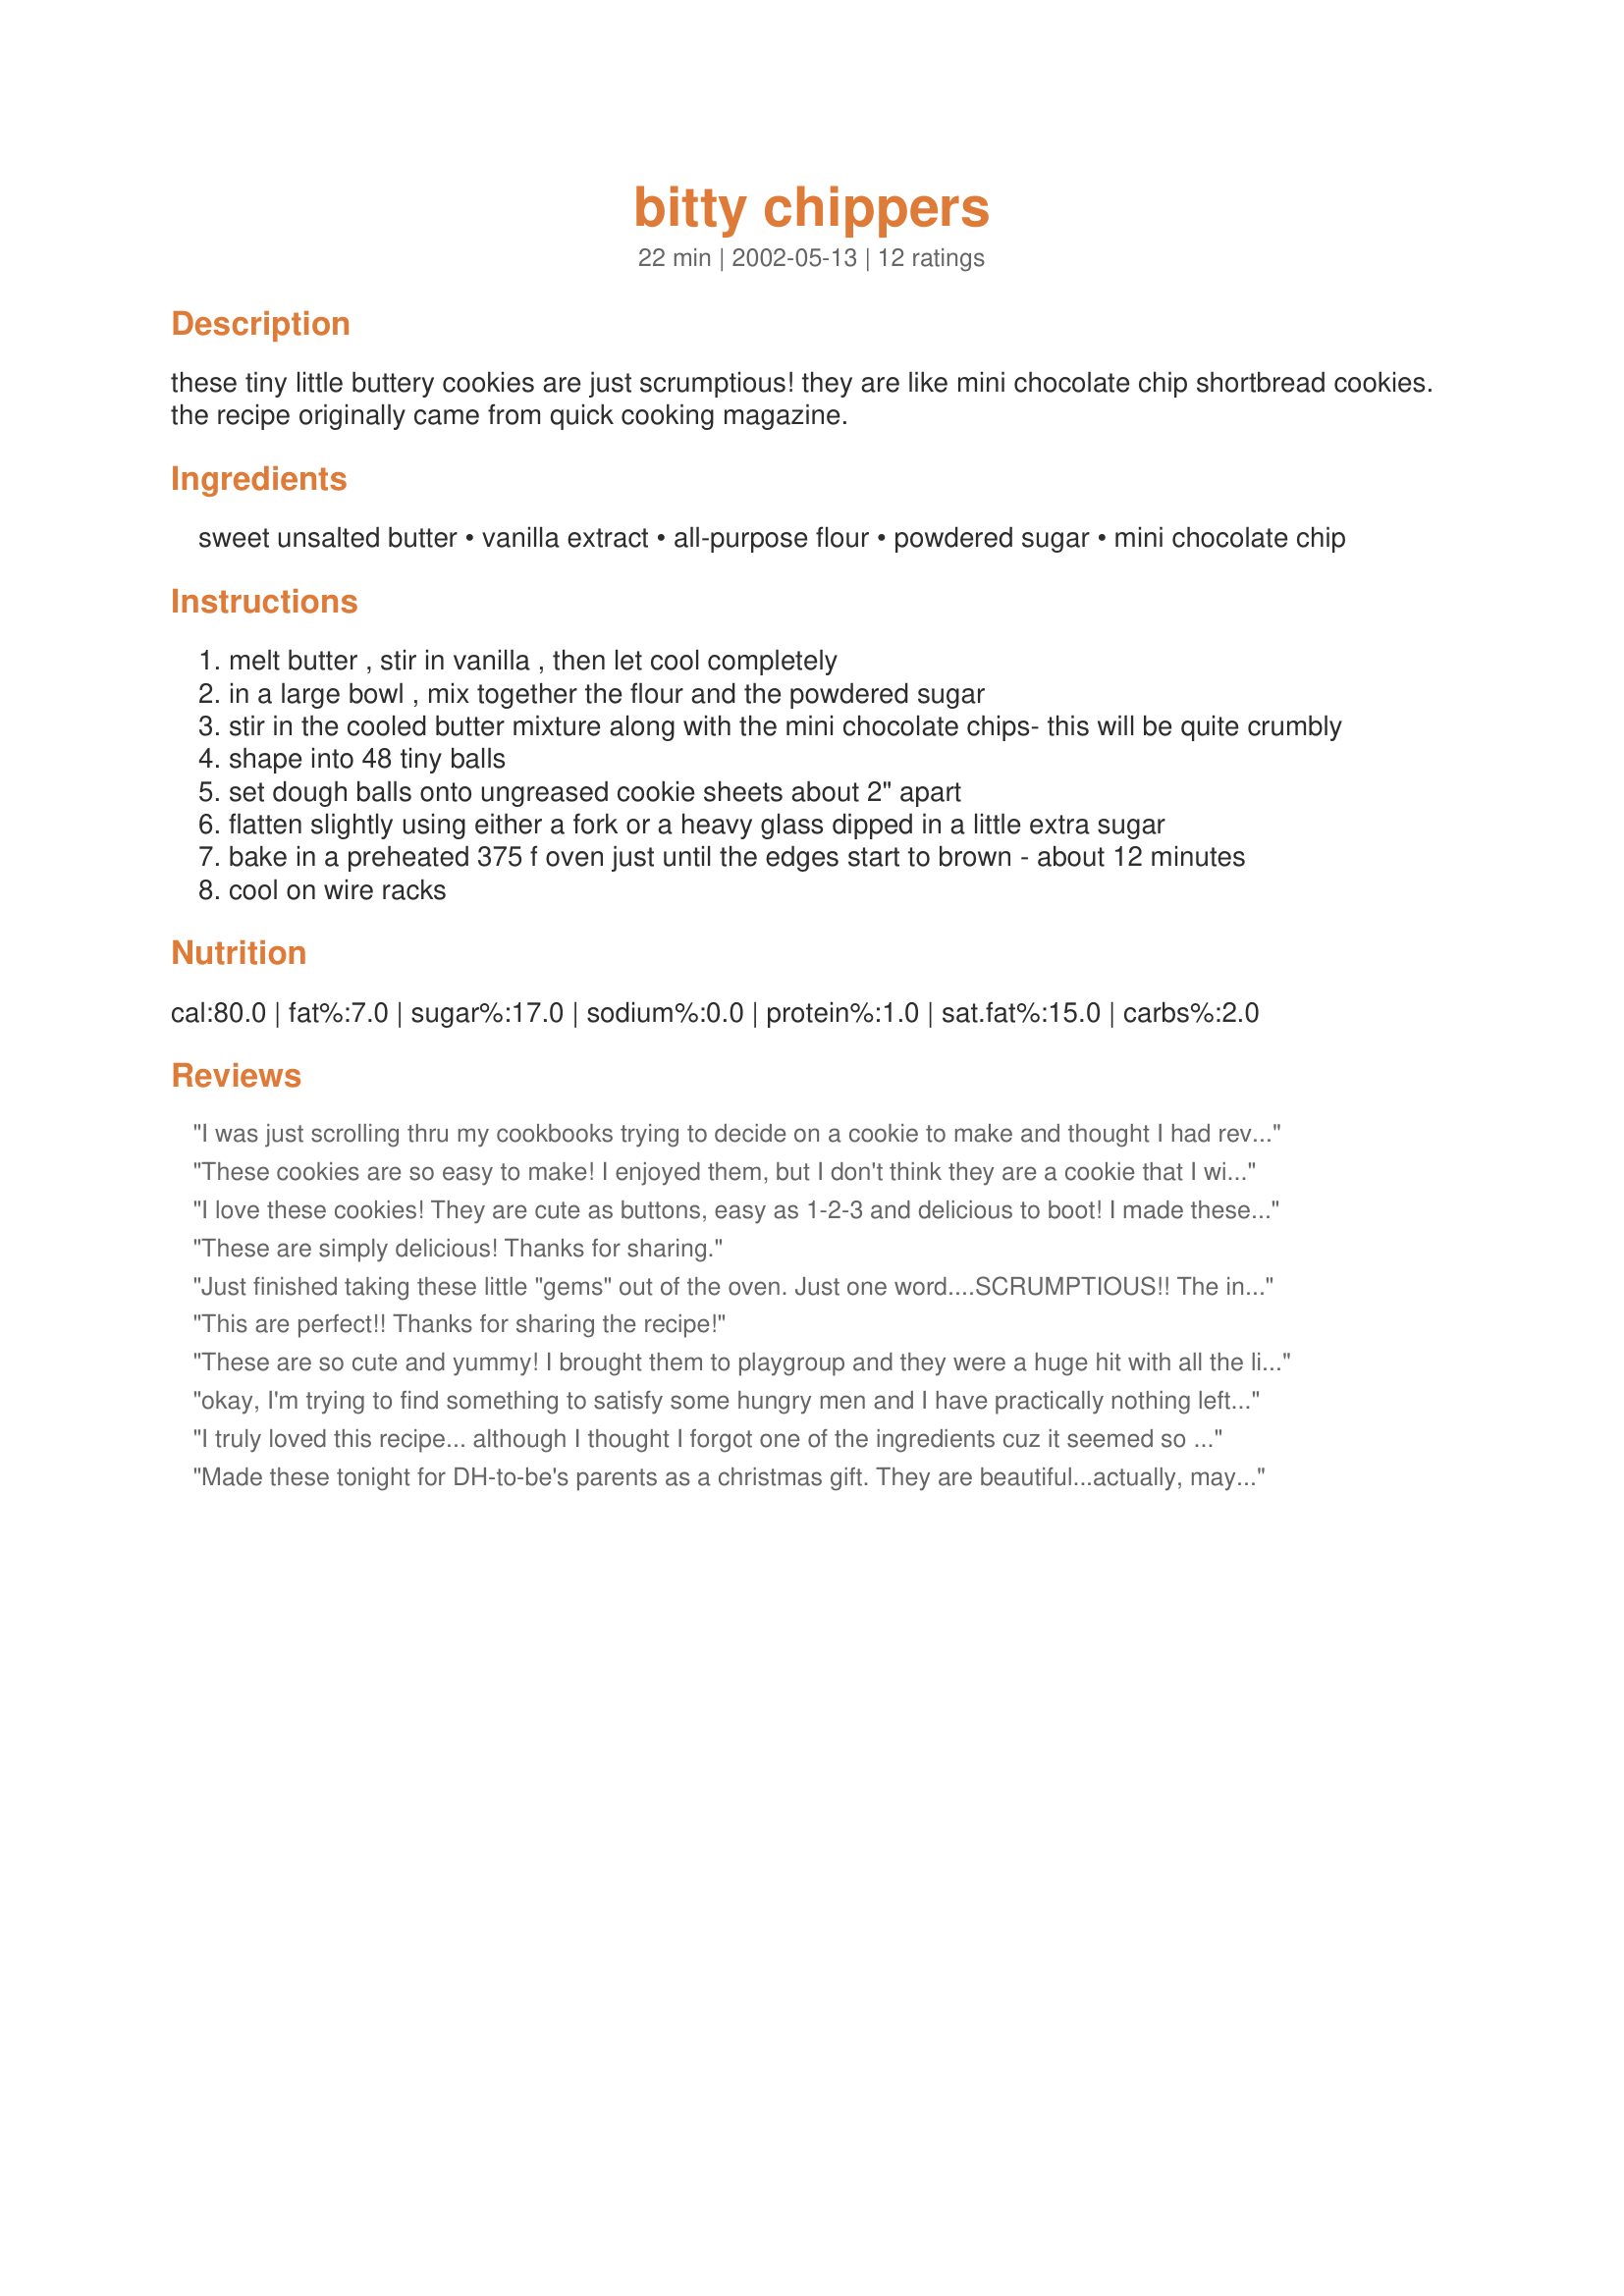
bitty chippers
Preparation time: 22 minutes

these tiny little buttery cookies are just scrumptious! they are like mini chocolate chip shortbread cookies. the recipe originally came from quick cooking magazine.

Ingredients:
sweet unsalted butter, vanilla extract, all-purpose flour, powdered sugar, mini chocolate chip

Steps:
melt butter , stir in vanilla , then let cool completely
in a large bowl , mix together the flour and the powdered sugar
stir in the cooled butter mixture along with the mini chocolate chips- this will be quite crumbly
shape into 48 tiny balls
set dough balls onto ungreased cookie sheets about 2" apart
flatten slightly using either a fork or a heavy glass dipped in a little extra sugar
bake in a preheated 375 f oven just until the edges start to brown - about 12 minutes
cool on wire racks

Reviews:
I was just scrolling thru my cookbooks trying to decide on a cookie to make and thought I had reviewed this back in January. Apparently I didn't. I had made a tray of cookies for a funeral service and included these little gems. They were AWESOME. They are more of an "adult" version of chocolate chip cookie, great with a cup of tea. Thank You for sharing it. Oh, and I'm making them again.
These cookies are so easy to make! I enjoyed them, but I don't think they are a cookie that I will rush to make again and again. I can't quite put my finger on it, because I do like shortbread cookies and that's what these basically taste like. I think maybe they weren't buttery enough for my taste, plus I found the chocolate chips a little too sweet. I think I'll make them one more time using milk chocolate chips instead, and see how they turn out.
I love these cookies! They are cute as buttons, easy as 1-2-3 and delicious to boot! I made these for Christmas trays and was really impressed with how nice they looked. The only thing I did differently was to leave the dough in balls and flatten slightly right after removing from the oven. Thanks, Heather!
These are simply delicious! Thanks for sharing.
Just finished taking these little "gems" out of the oven. Just one word....SCRUMPTIOUS!! The ingredients are few and so very simple to make. What a treat!! Thanks for sharing these. :-)
This are perfect!! Thanks for sharing the recipe!
These are so cute and yummy! I brought them to playgroup and they were a huge hit with all the little ones. Parents too!
okay, I'm trying to find something to satisfy some hungry men and I have practically nothing left in my cabinets. I did have the ingredients for these and they were a hit-they're already gone! Although I do love a chewy bakery style cookie-these were so good with the crispy snap and buttery taste. Mine only took 9 minutes to bake and I almost burned the first batch, so watch closely. Thanks for a great recipe, these will definitely be made again.
I truly loved this recipe... although I thought I forgot one of the ingredients cuz it seemed so crumbly, so if that happens to you DON'T WORRY!! it's supposed to be like that. Thanx for this easy recipe :)
Made these tonight for DH-to-be's parents as a christmas gift. They are beautiful...actually, maybe CUTE describes them more appropriately! I really loved these and can't wait to see how they are recieved by his parents. Thank you for posting. I used normal-sized chocolate chips, btw. AND they were very easy.
I forgot the stars!!!!!!These cookies are fantastic!!!!!My DH adores them~thnks!PeggyLynn
These are the easiest cookies Ive ever made..and definitely one of the tastiest.
Thanks for posting this Heather I'll be making them a lot.
